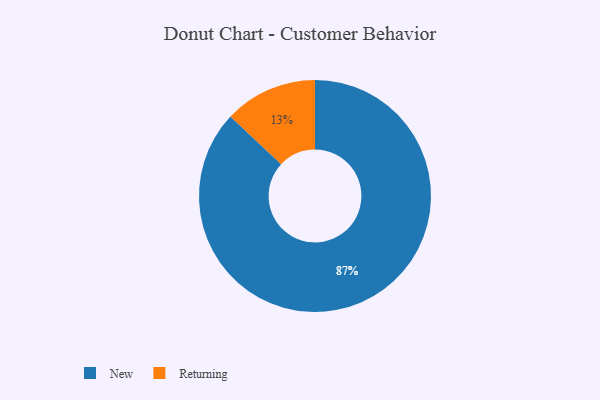
{"axis": {"x": "Category", "y": "Percentage"}, "legend": ["New", "Returning"], "data": [{"x": "New", "y": 87, "type": "New"}, {"x": "Returning", "y": 13, "type": "Returning"}]}